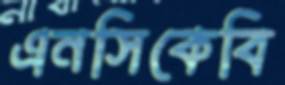
এনসিকেবি